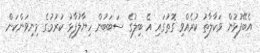
އެބޭފުޅުން ވަކާލާތު ކުރެއްވި ގޮތުގައި އެ ބިލުގެ ސަބަބުން ހިޔާލުފާޅު ކުރުމުގެ މިނިވަންކަން